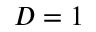
D = 1